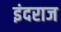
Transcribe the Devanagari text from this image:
इंदराज